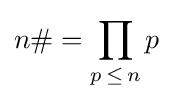
n\#=\prod _{p\,\leq \,n}p